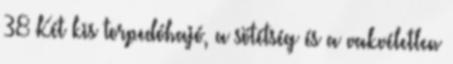
38 Két kis torpedóhajó, a sötétség és a vakvéletlen